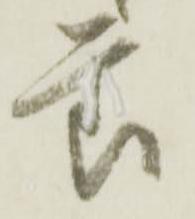
節